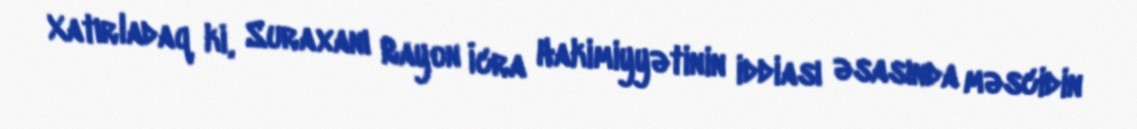
Xatırladaq ki, Suraxanı Rayon İcra Hakimiyyətinin iddiası əsasında məscidin